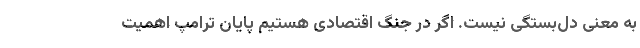
به معنی دل‌بستگی نیست. اگر در جنگ اقتصادی هستیم پایان ترامپ اهمیت